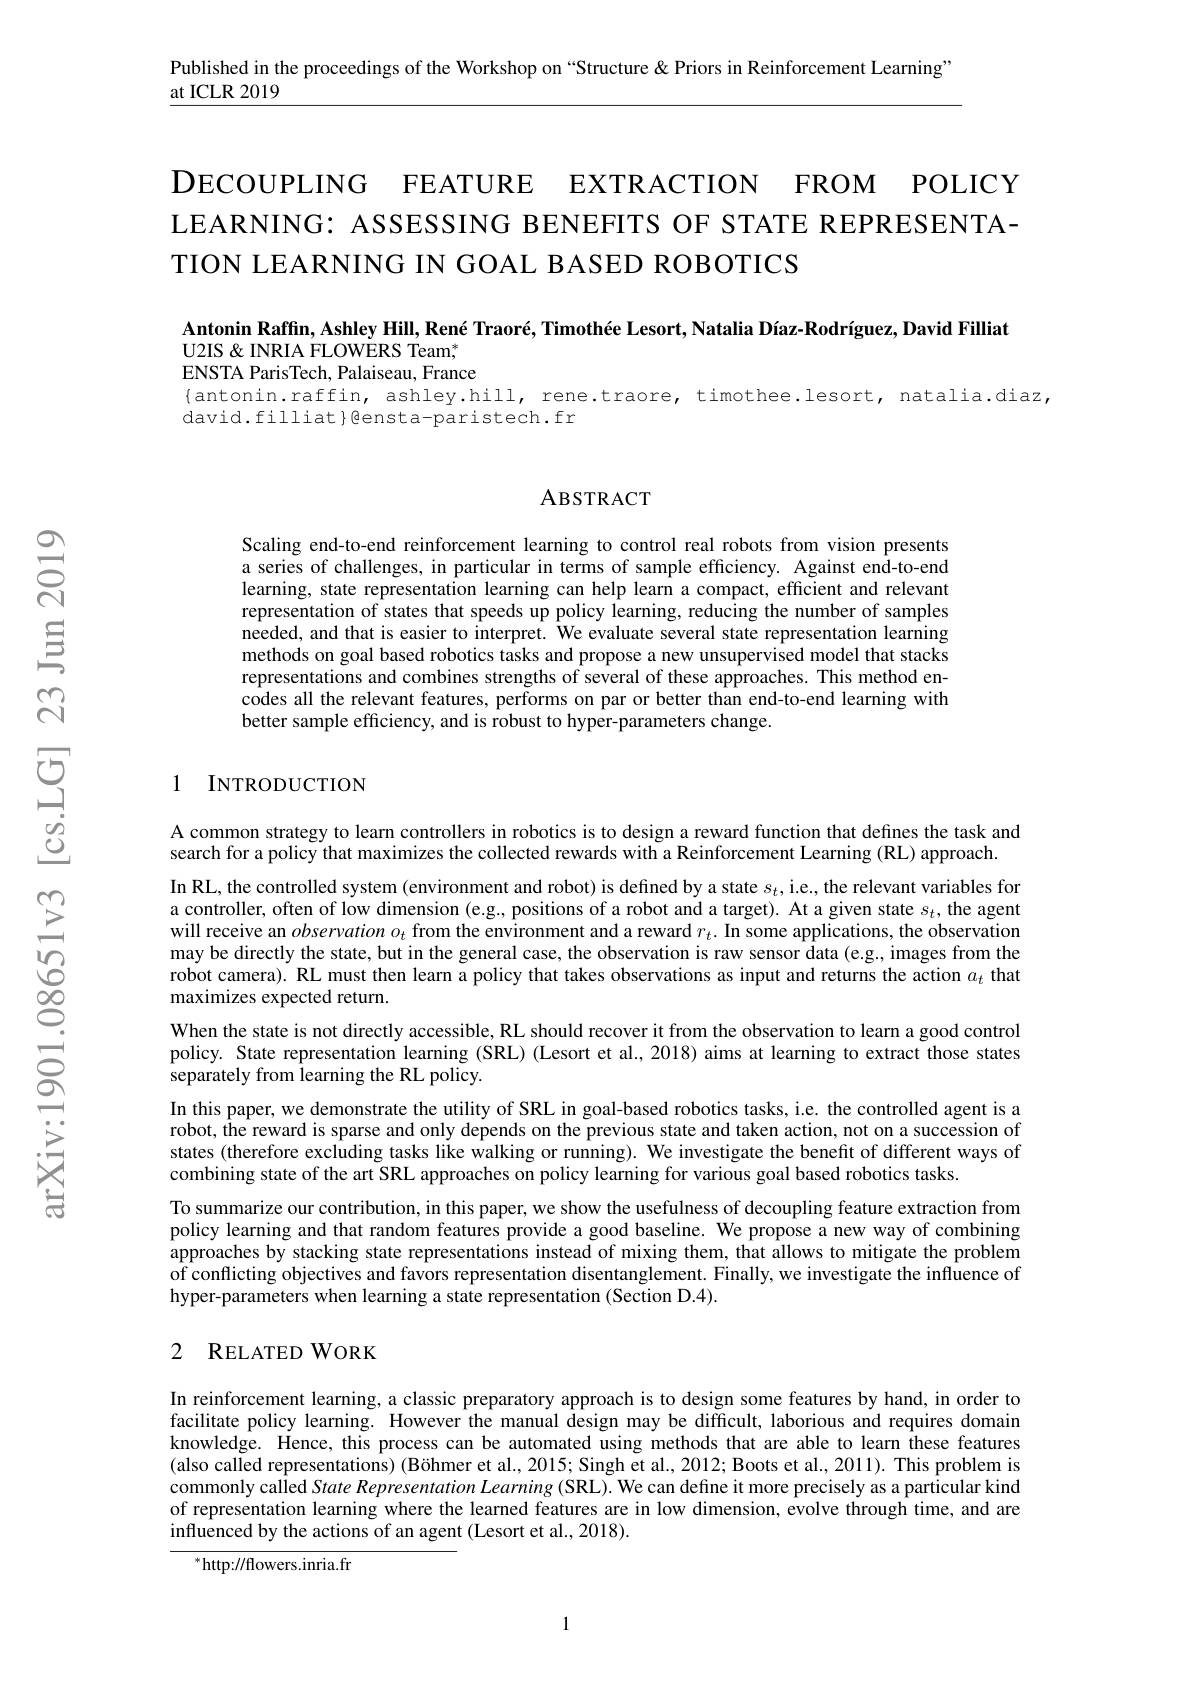
Published in the proceedings of the Workshop on “Structure & Priors in Reinforcement Learning’
at ICLR 2019

DECOUPLING FEATURE EXTRACTION FROM POLICY LEARNING: ASSESSING BENEFITS OF STATE REPRESENTATION LEARNING IN GOAL BASED ROBOTICS

Antonin Raffin, Ashley Hill, René Traoré, Timothée Lesort, Natalia Díaz- Rodríguez, David Filliat
U2IS& INRIA FLOWERS Team, ENSTA ParisTech, Palaiseau, France $\{$antonin.raffin, ashley.hill, rene.traore, timothee.lesort, natalia.diaz,
david.filliat}Qensta-paristech.fr

## ABSTRACT

Scaling end-to-end reinforcement learning to control real robots from vision presents a series of challenges, in particular in terms of sample efficiency. Against end-to-end learning, state representation learning can help learn a compact, efficient and relevant representation of states that speeds up policy learning, reducing the number of samples needed, and that is easier to interpret. We evaluate several state representation learning methods on goal based robotics tasks and propose a new unsupervised model that stacks representations and combines strengths of several of these approaches. This method encodes all the relevant features, performs on par or better than end-to-end learning with better sample efficiency, and is robust to hyper-parameters change.

## 1 INTRODUCTION

A common strategy to learn controllers in robotics is to design a reward function that defines the task and
search for a policy that maximizes the collected rewards with a Reinforcement Learning (RL) approach.
In RL, the controlled system (environment and robot) is defined by a state $s_t$, i.e., the relevant variables for a controller, often of low dimension (e.g., positions of a robot and a target). At a given state $s_t$, the agent will receive an $observationo_{t}$ from the environment and a reward $r_t.$ In some applications, the observation may be directly the state, but in the general case, the observation is raw sensor data (e.g.. images from the robot camera). RL must then learn a policy that takes observations as input and returns the action $a_t$ that maximizes expected return.
When the state is not directly accessible, RL should recover it from the observation to learn a good control policy. State representation learning (SRL) (Lesort et al., 2018) aims at learning to extract those states separately from learning the RL policy.
In this paper, we demonstrate the utility of SRL in goal-based robotics tasks, i.e. the controlled agent is a robot, the reward is sparse and only depends on the previous state and taken action, not on a succession of states (therefore excluding tasks like walking or running). We investigate the benefit of different ways of combining state of the art SRL approaches on policy learning for various goal based robotics tasks.
To summarize our contribution, in this paper, we show the usefulness of decoupling feature extraction from policy learning and that random features provide a good baseline. We propose a new way of combining approaches by stacking state representations instead of mixing them, that allows to mitigate the problem of conflicting objectives and favors representation disentanglement. Finally, we investigate the influence of hyper-parameters when learning a state representation (Section D.4).

# 2 RELATED WORK

In reinforcement learning, a classic preparatory approach is to design some features by hand, in order to facilitate policy learning. However the manual design may be difficult, laborious and requires domain knowledge. Hence, this process can be automated using methods that are able to learn these features (also called representations) (Böhmer et al., 2015; Singh et al., 2012; Boots et al., 2011). This problem is commonly called State Representation Learning (SRL). We can define it more precisely as a particular kind of representation learning where the learned features are in low dimension, evolve through time, and are influenced by the actions of an agent (Lesort et al., 2018).

$^{* }$http: / / flowers. inria. fr